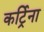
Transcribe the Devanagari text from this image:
कर्ट्रिना